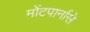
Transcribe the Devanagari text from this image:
मोंटपार्नासे